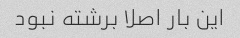
این بار اصلا برشته نبود